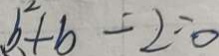
b ^ { 2 } + b - 2 = 0